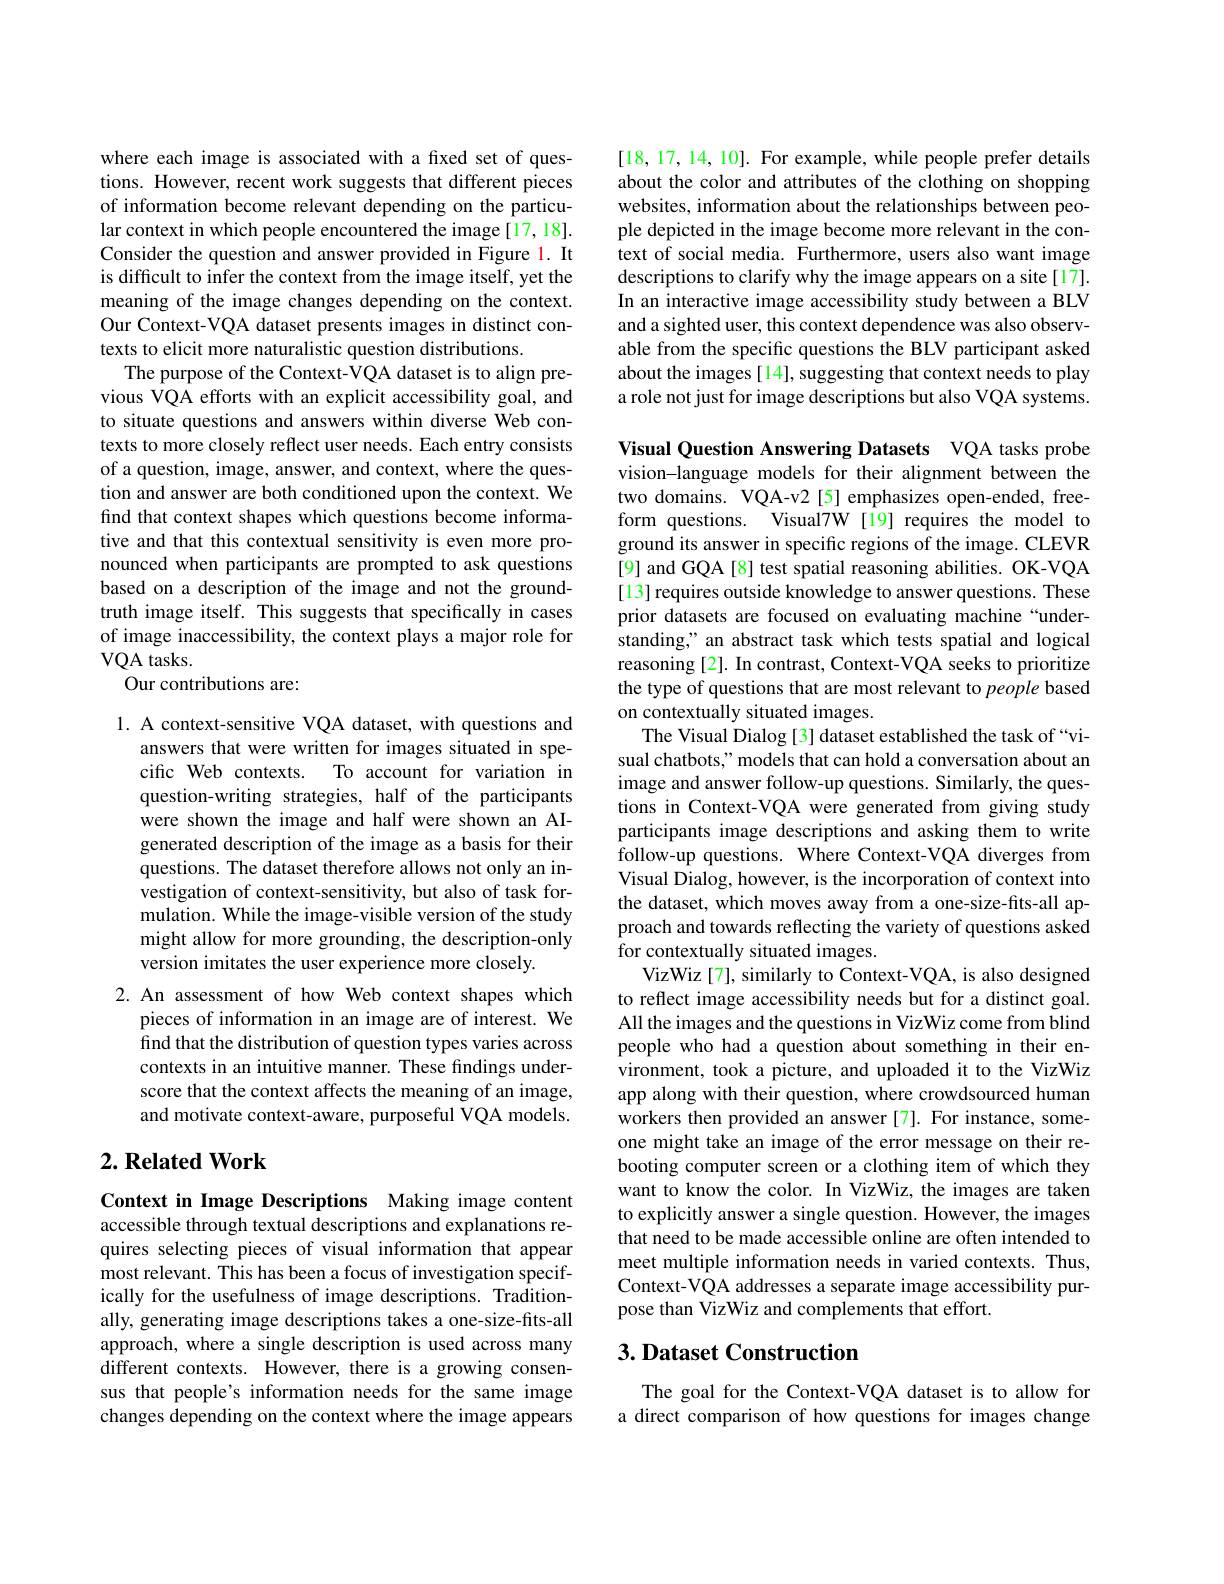
where each image is associated with a fixed set of questions. However, recent work suggests that different pieces of information become relevant depending on the particular context in which people encountered the image [17,18]. Consider the question and answer provided in Figure l. It is difficult to infer the context from the image itself, yet the meaning of the image changes depending on the context. Our Context-VQA dataset presents images in distinct contexts to elicit more naturalistic question distributions.
The purpose of the Context-VQA dataset is to align previous VQA efforts with an explicit accessibility goal, and to situate questions and answers within diverse Web contexts to more closely reflect user needs. Each entry consists of a question, image, answer, and context, where the question and answer are both conditioned upon the context. We find that context shapes which questions become informative and that this contextual sensitivity is even more pronounced when participants are prompted to ask questions based on a description of the image and not the groundtruth image itself. This suggests that specifically in cases of image inaccessibility, the context plays a major role for VQA tasks.
Our contributions are:

1. A context-sensitive VQA dataset, with questions and
answers that were written for images situated in specific Web contexts. To account for variation in question-writing strategies, half of the participants were shown the image and half were shown an AIgenerated description of the image as a basis for their questions. The dataset therefore allows not only an investigation of context-sensitivity, but also of task formulation. While the image-visible version of the study might allow for more grounding, the description-only version imitates the user experience more closely.
2. An assessment of how Web context shapes which
pieces of information in an image are of interest. We find that the distribution of question types varies across contexts in an intuitive manner. These findings underscore that the context affects the meaning of an image, and motivate context-aware, purposeful VQA models.

## $2. \textbf{Related Work}$

Context in Image Descriptions Making image content accessible through textual descriptions and explanations requires selecting pieces of visual information that appear most relevant. This has been a focus of investigation specifically for the usefulness of image descriptions. Traditionally, generating image descriptions takes a one-size-fits-all approach, where a single description is used across many different contexts. However, there is a growing consensus that people's information needs for the same image changes depending on the context where the image appears

[18,17,14,10]. For example, while people prefer details about the color and attributes of the clothing on shopping websites, information about the relationships between people depicted in the image become more relevant in the context of social media. Furthermore, users also want image descriptions to clarify why the image appears on a site[17]. In an interactive image accessibility study between a BLV and a sighted user, this context dependence was also observable from the specific questions the BLV participant asked about the images [14], suggesting that context needs to play a role not just for image descriptions but also VQA systems.

Visual Question Answering Datasets VQA tasks probe vision-language models for their alignment between the two domains. VQA-v2 [5] emphasizes open-ended, freeform questions. Visual7W [19] requires the model to ground its answer in specific regions of the image. CLEVR [9] and GQA [8] test spatial reasoning abilities. OK-VQA [13] requires outside knowledge to answer questions. These prior datasets are focused on evaluating machine “understanding," an abstract task which tests spatial and logical reasoning [2]. In contrast, Context-VQA seeks to prioritize the type of questions that are most relevant to people based on contextually situated images.
The Visual Dialog [3] dataset established the task of“visual chatbots," models that can hold a conversation about an image and answer follow-up questions. Similarly, the questions in Context-VQA were generated from giving study participants image descriptions and asking them to write follow-up questions. Where Context-VQA diverges from Visual Dialog, however, is the incorporation of context into the dataset, which moves away from a one-size-fits-all approach and towards reflecting the variety of questions asked for contextually situated images.
VizWiz[7], similarly to Context-VQA, is also designed to reflect image accessibility needs but for a distinct goal. All the images and the questions in VizWiz come from blind people who had a question about something in their environment, took a picture, and uploaded it to the VizWiz app along with their question, where crowdsourced human workers then provided an answer [7]. For instance, someone might take an image of the error message on their rebooting computer screen or a clothing item of which they want to know the color. In VizWiz, the images are taken to explicitly answer a single question. However, the images that need to be made accessible online are often intended to meet multiple information needs in varied contexts. Thus, Context-VQA addresses a separate image accessibility purpose than VizWiz and complements that effort.

## $3. \textbf{ Dataset Construction}$

The goal for the Context-VQA dataset is to allow for a direct comparison of how questions for images change